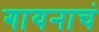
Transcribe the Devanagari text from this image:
गायनाचं